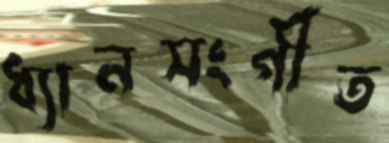
ধ্যানসংগীত